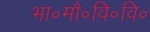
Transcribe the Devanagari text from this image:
भा॰मौ॰वि॰वि॰